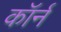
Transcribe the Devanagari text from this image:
कॉर्न